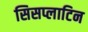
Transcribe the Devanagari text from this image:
सिसप्लाटिन